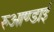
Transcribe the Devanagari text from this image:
रुआण्डाई